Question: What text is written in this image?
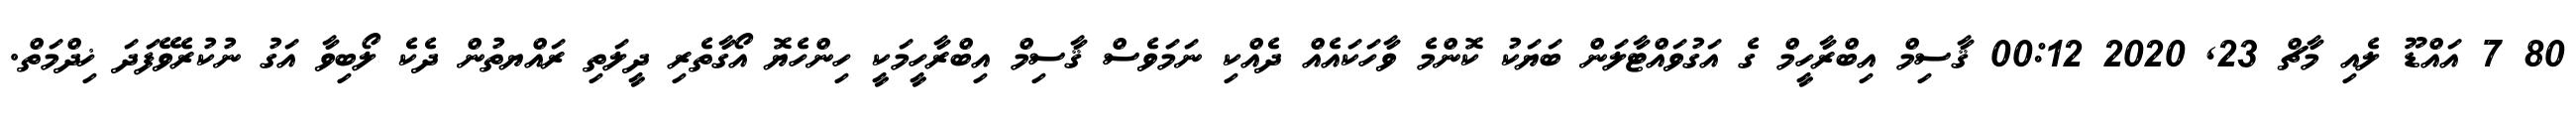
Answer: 80 7 އައްޑޫ ލެއި މާޗް 23, 2020 00:12 ޤާސިމް އިބްރާހީމް ގެ އަގުވައްޓާލަން ބަޔަކު ކޮންމެ ވާހަކައެއް ދެއްކި ނަމަވެސް ޤާސިމް އިބްރާހީމަކީ ހިންހެޔޮ އޯގާތެރި ދީލަތި ރައްޔތުން ދެކެ ލޯބިވާ އަގު ނުކުރެވޭފަދަ ޚިދްމަތް.